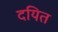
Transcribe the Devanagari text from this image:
दयित